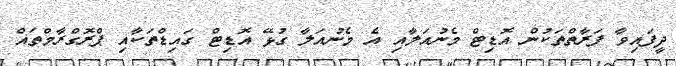
ދީފައިވާ ފަރާތްތަކުން އޮޑިޓް މެނުއަލާއި އެ މެނުއަލާ ގުޅޭ އޮޑިޓް ގައިޑްތަކާއި ޕްރޮގްރާމްތައް